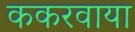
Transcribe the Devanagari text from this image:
ककरवाया